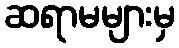
ဆရာမများမှ